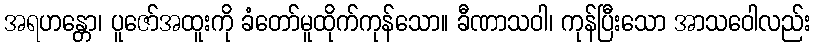
အရဟန္တော၊ ပူဇော်အထူးကို ခံတော်မူထိုက်ကုန်သော။ ခီဏာသဝါ၊ ကုန်ပြီးသော အာသဝေါလည်း